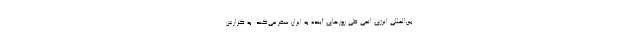
بین‌المللی انرژی اتمی طی روزهای آینده به ایران سفر می‌کند. به گزارش